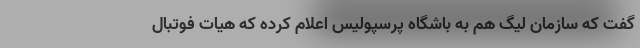
گفت که سازمان لیگ هم به باشگاه پرسپولیس اعلام کرده که هیات فوتبال